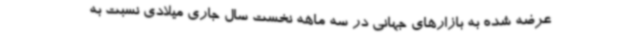
عرضه شده به بازارهای جهانی در سه ماهه نخست سال جاری میلادی نسبت به